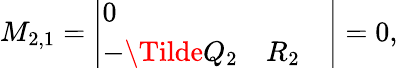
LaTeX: \begin{array}{r}{M_{2,1}=\left|\begin{array}{lll}{0}&{}&{}\\ {-\Tilde{Q}_{2}}&{R_{2}}\end{array}\right|=0,}\end{array}